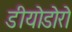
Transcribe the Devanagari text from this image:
डीयोडोरो